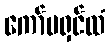
ကော်မရှင်ထံ